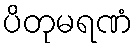
ပိတုမရဏံ